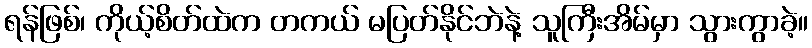
ရန်ဖြစ်၊ ကိုယ့်စိတ်ထဲက တကယ် မပြတ်နိုင်ဘဲနဲ့ သူကြီးအိမ်မှာ သွားကွာခဲ့။